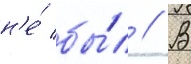
н'е́ бы́л // В